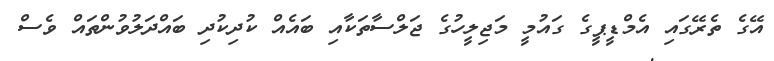
އޭގެ ތެރޭގައި އެމްޑީޕީގެ ގައުމީ މަޖިލީހުގެ ޖަލްސާތަކާއި ބައެއް ކުދިކުދި ބައްދަލުވުންތައް ވެސް